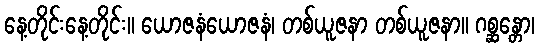
နေ့တိုင်းနေ့တိုင်း။ ယောဇနံယောဇနံ၊ တစ်ယူဇနာ တစ်ယူဇနာ။ ဂစ္ဆန္တော၊